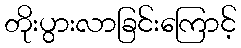
တိုးပွားလာခြင်းကြောင့်